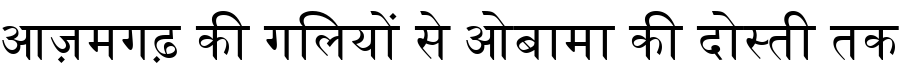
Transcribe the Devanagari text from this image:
आज़मगढ़ की गलियों से ओबामा की दोस्ती तक